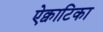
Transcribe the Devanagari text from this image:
ऐक्वाटिका